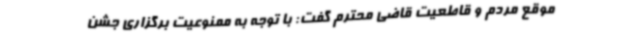
موقع مردم و قاطعیت قاضی محترم گفت: با توجه به ممنوعیت برگزاری جشن